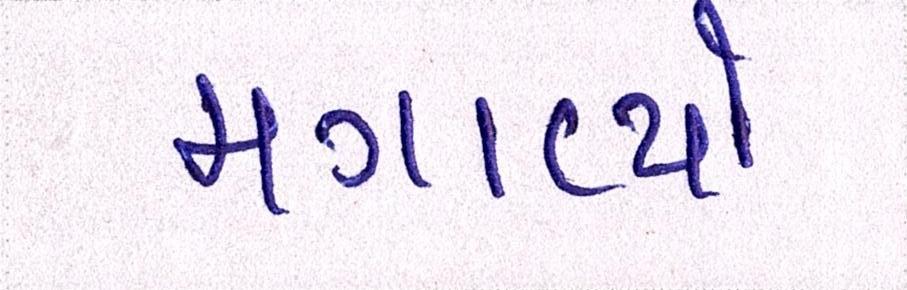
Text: મગાવ્યો